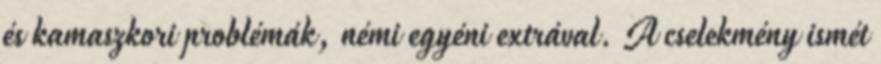
és kamaszkori problémák, némi egyéni extrával. A cselekmény ismét